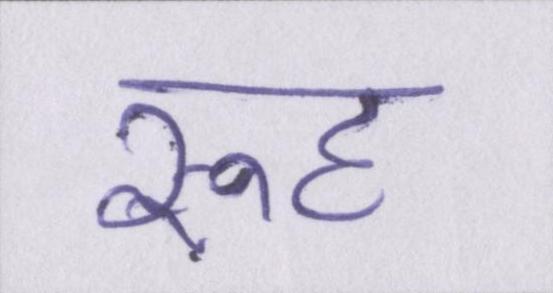
रूह